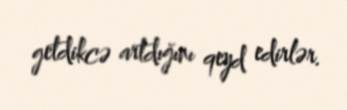
getdikcə artdığını qeyd edirlər.